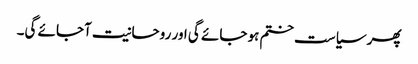
پھر سیاست ختم ہو جائے گی اور روحانیت آجائے گی۔